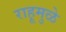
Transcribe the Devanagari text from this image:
राहूमुळे